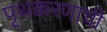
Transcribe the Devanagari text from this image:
पृथक्करणाची